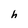
Character: h